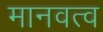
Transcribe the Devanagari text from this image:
मानवत्व